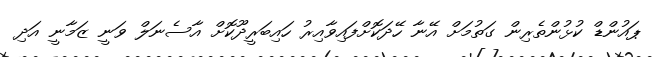
ޕައުންޑް ކުޅުންތެރިން ގަތުމަށް އޭނާ ހޭދަކޮށްފައިވާއިރު ހައިބަރީދޫކޮށް އާސެނަލް ވަނީ ޒަމާނީ އަދި